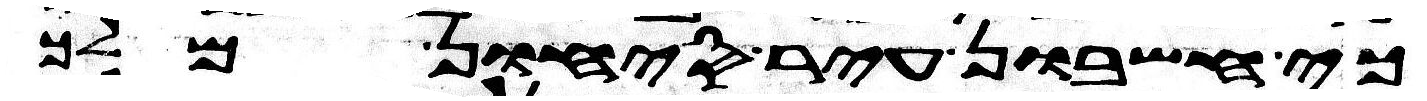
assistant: כי חשבון עיר סיחון מלך